Civil Veterinary Department. United Provinces 1912-22 - 1912-1922
Year: 1912
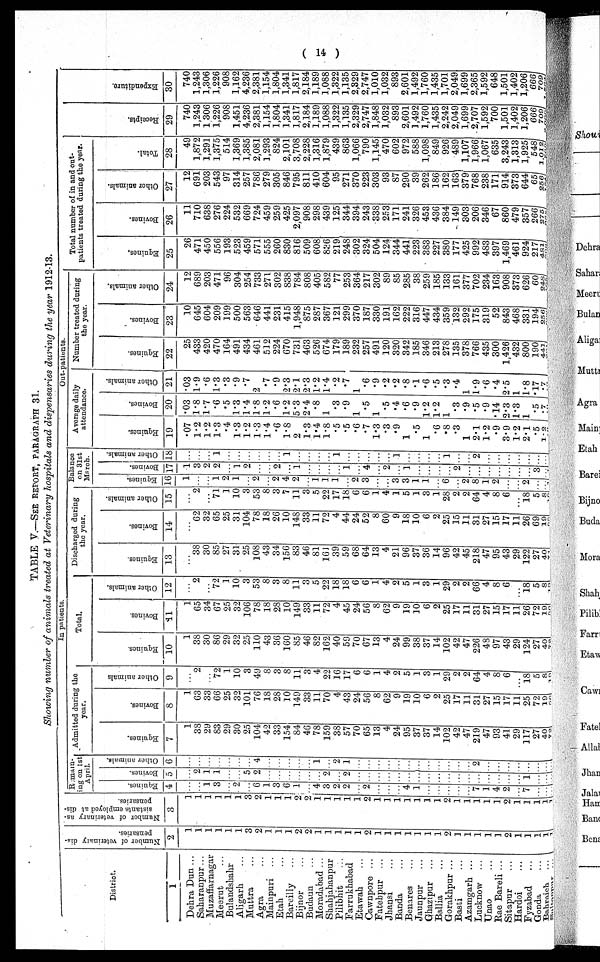
( 14 )
TABLE V.—SEE RETORT, PARAGRAPH 31.
Showing number of Sanimals treated at Veterinary hospitals and dispensaries during the year 1912-13.
District.
1
Dehra Dun ...
Saharanpur...
Muzaffarnagar
Meerut ...
Bulandshahr
Aligarh ...
Muttra ...
Agra ...
Mainpuri ...
Etah ...
Barciliy ...
Bijnor ...
Budaun ...
Moradabad ...
Shahjahanpur
Pilibhit ...
Farrukhabad
Etawah ...
Cawnpore ...
Fatehpur
...
Jhansi ...
Banda ...
Benares ...
Jaunpur ...
Ghazipur
...
Ballia ...
Gorakhpur ...
Basti ...
Azamgarh ...
Lucknow ...
Unao ...
Rae Bareli ...
Sitapur ...
Hardoi ...
Fyzabad ...
Gonda ...
Bahraich ...
Sultanpur ...
Number of veterinary dis-
pensaries.
2
1
1
1
1
1
1
3
2
1
1
1
2
2
1
1
1
1
1
2
1
1
1
1
1
1
1
2
1
1
1
1
1
2
1
1
1
1
1
Number of veterinary as-
sistants
employed at dis-
pensaries.
3
1
1
1
1
1
1
3
2
1
1
1
2
2
1
1
1
1
1
2
1
1
1
1
1
1
1
2
1
1
1
1
1
2
1
1
1
1
1
In patients.
Remain-
ing on 1st
April.
Equines.
4
...
...
1
3
...
2
...
6
1
3
6
1
...
4
3
2
2
...
2
...
...
...
4
1
...
...
...
...
...
7
1
4
2
...
7
...
...
...
Bovines.
5
...
2
1
1
...
...
5
2
...
...
...
...
...
...
2
...
2
...
...
...
...
...
...
...
...
...
...
...
...
...
...
...
...
...
1
...
...
...
Other animals.
6
...
...
...
...
...
...
...
4
...
...
...
...
...
1
...
2
1
...
...
...
...
...
...
...
...
...
...
...
...
2
...
...
...
...
...
...
...
...
Admitted during the
year.
Equines.
7
1
38
29
83
29
30
25
104
42
33
154
84
46
78
159
38
57
70
65
13
4
24
95
37
37
14
102
42
47
219
47
93
41
29
117
27
40
72
Bovines.
8
1
63
33
66
25
32
101
76
18
28
10
149
33
11
70
4
43
24
56
8
62
9
19
10
6
2
25
17
11
31
27
15
17
11
25
72
19
Other animals
9
...
2
...
72
1
10
3
49
8
3
8
11
3
4
22
16
17
6
6
1
4
2
5
1
3
1
29
2
2
64
4
8
6
...
18
5
8
19
Total.
Equines.
10
1
38
30
86
29
32
25
110
43
36
160
85
46
82
162
40
59
70
67
13
4
24
99
38
37
14
102
42
47
226
48
97
43
29
124
27
40
Bovines.
11
1
65
34
67
25
32
106
78
18
28
10
149
33
11
72
4
45
24
56
8
62
9
19
10
6
2
25
17
11
31
27
15
17
11
26
72
19
Other animals.
12
...
2
...
72
1
10
3
53
8
3
8
11
3
5
22
18
18
6
6
1
4
2
5
1
3
1
29
2
2
66
4
8
6
...
18
5
8
...
Discharged during
the year.
Equines.
13
...
38
30
85
27
31
25
108
43
34
156
83
46
81
161
39
59
68
64
13
4
21
96
37
36
14
96
42
45
218
47
95
43
29
122
27
40
Bovines.
14
...
62
32
65
25
31
104
78
18
26
10
148
33
11
72
4
44
24
52
8
60
9
18
10
6
2
25
15
11
31
27
15
17
11
26
69
19
Other animals.
15
...
2
...
71
1
10
3
53
8
3
7
11
3
5
22
17
18
6
6
1
4
1
5
1
3
1
28
2
2
64
4
8
6
...
18
5
8
Balance
on 31st
March.
Equines.
16
1
...
...
1
2
1
...
2
...
2
4
2
...
1
1
1
...
2
3
...
...
3
3
1
1
...
6
...
2
8
1
2
...
...
2
...
...
Bovines.
17
1
3
2
2
...
1
2
...
...
2
...
1
...
...
...
...
1
...
4
...
2
...
1
...
...
...
...
2
...
...
...
...
...
...
...
3
...
Other animals.
18
...
...
...
1
...
...
...
...
...
...
1
...
...
...
...
1
...
...
...
...
...
1
...
...
...
...
1
...
...
2
...
...
...
...
...
...
...
Out-patients.
Average daily
attendance.
Equines.
19
.07
1.2
1.2
1.3
.4
1.3
1.2
1.3
1.4
.6
1.8
2
1.3
1.4
1.8
.5
.5
.6
.7
1.3
.3
.9
1
.5
1
.6
.8
.3
1
2.1
1.2
.9
3.9
1.2
2.1
.5
1.2
Bovines.
20
.03
1.8
1.7
.6
.5
1.3
1.4
1.8
1.2
.6
1.2
5.3
2.4
.8
1
.3
.9
1
.5
1
.5
.4
.6
.9
1.2
1.2
1
.3
.9
.5
.9
.14
2.3
1.3
1
.5
.7
Other animals.
21
.03
1.9
.6
1.3
.3
.9
.7
2
.7
.9
2.3
2.1
2.3
1.2
1.4
.2
.7
1
.6
.9
.2
.2
.8
.1
.6
.5
.3
.4
1
1.9
.6
.4
2.5
1
1.8
.17
.7
Number treated during
the year.
Equines.
22
25
433
420
470
164
491
434
461
512
224
670
731
463
526
674
179
189
232
257
491
120
320
342
185
346
213
278
135
378
766
435
300
1,426
432
800
190
441
Bovines.
23
10
645
604
209
199
500
563
646
441
231
415
1,948
875
287
367
121
299
370
187
330
191
162
222
316
447
434
359
132
292
175
319
52
843
468
331
194
256
Other animals.
24
12
689
203
471
96
304
254
733
271
302
838
784
808
405
582
77
253
364
217
302
89
85
285
38
259
185
133
161
377
702
234
163
908
373
626
60
248
Total number of in and out-
patients treated during the year.
Equines.
25
26
471
450
556
193
523
459
571
555
260
830
816
509
608
836
219
248
302
324
504
124
344
441
223
383
227
380
177
425
992
483
397
1,469
461
924
217
481
Bovines.
26
11
710
638
276
224
532
669
724
459
259
425
2,097
908
298
439
125
344
394
243
338
253
171
241
326
453
436
384
149
303
206
346
67
860
479
357
266
275
Other animals.
27
12
691
203
543
97
314
257
786
279
305
846
795
811
410
604
95
271
370
223
303
93
87
290
39
262
186
162
163
379
768
238
171
914
373
644
65
256
Total.
28
49
1,872
1,291
1,375
514
1,369
1,385
2,081
1,293
824
2,101
3,708
2,228
1,316
1,879
439
863
1,066
790
1,145
470
602
972
588
1,098
849
926
489
1,107
1,966
1,067
635
3,243
1,313
1,925
548
1,012
Receipts.
29
740
1,243
1,306
1,226
908
1,451
4,236
2,381
1,154
1,804
1,341
1,817
2,184
1,189
1,088
1,322
1,135
2,329
2,747
1,848
1,032
893
2,601
1,492
1,760
1,435
2,242
2,049
1,699
2,707
1,592
700
1,501
1,402
1,206
666
709
Expenditure.
30
740
1,243
1,306
1,226
908
1,162
4,236
2,381
1,154
1,804
1,341
1,817
2,184
1,189
1,088
1,322
1,135
2,329
2,747
1,010
1,032
893
2,601
1,492
1,760
1,435
1,701
2,049
1,699
2,365
1,592
648
1,501
1,402
1,206
666
709